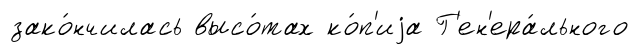
зако́нчилась высо́тах ко́п'иjа Г'ен'ера́льного